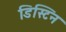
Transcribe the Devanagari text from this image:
डिस्टिन